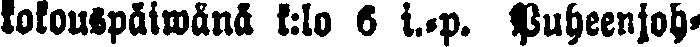
kokouspäiwänä k:lo 6 i.-p. Puheenjoh-